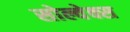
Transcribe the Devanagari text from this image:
सोल्वेक्स